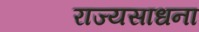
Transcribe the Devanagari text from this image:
राज्यसाधना